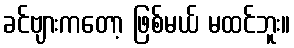
ခင်ဗျားကတော့ ဖြစ်မယ် မထင်ဘူး။